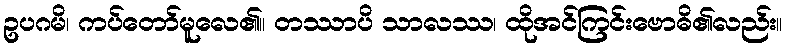
ဥပဂမိ၊ ကပ်တော်မူလေ၏။ တဿာပိ သာလဿ၊ ထိုအင်ကြင်းဗောဓိ၏လည်း။